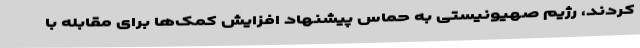
کردند، رژیم صهیونیستی به حماس پیشنهاد افزایش کمک‌ها برای مقابله با